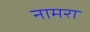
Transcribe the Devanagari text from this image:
नामरा